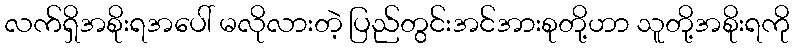
လက်ရှိအစိုးရအပေါ် မလိုလားတဲ့ ပြည်တွင်းအင်အားစုတို့ဟာ သူတို့အစိုးရကို